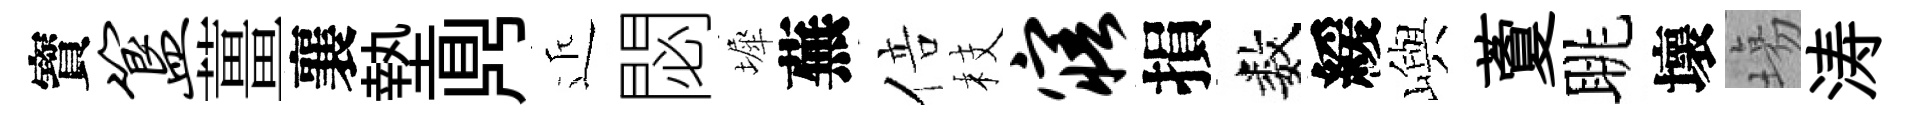
寳簋薑襄墊𪔂近閟墀蕪倍枝寤損数緩嶼藑眺壞塲涛